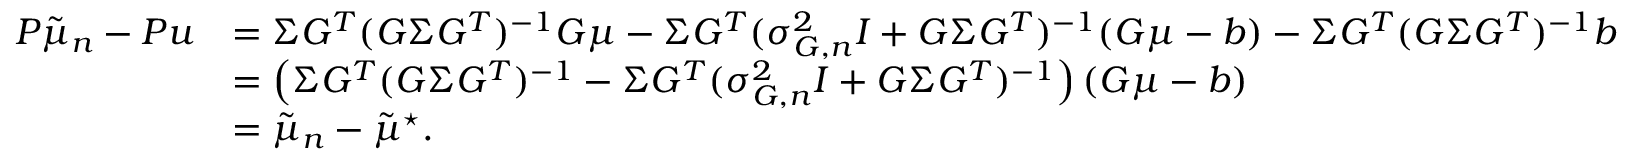
\begin{array} { r l } { P \tilde { \mu } _ { n } - P u } & { = \Sigma G ^ { T } ( G \Sigma G ^ { T } ) ^ { - 1 } G \mu - \Sigma G ^ { T } ( \sigma _ { G , n } ^ { 2 } I + G \Sigma G ^ { T } ) ^ { - 1 } ( G \mu - b ) - \Sigma G ^ { T } ( G \Sigma G ^ { T } ) ^ { - 1 } b } \\ & { = \left( \Sigma G ^ { T } ( G \Sigma G ^ { T } ) ^ { - 1 } - \Sigma G ^ { T } ( \sigma _ { G , n } ^ { 2 } I + G \Sigma G ^ { T } ) ^ { - 1 } \right) ( G \mu - b ) } \\ & { = \tilde { \mu } _ { n } - \tilde { \mu } ^ { \star } . } \end{array}